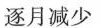
逐月减少